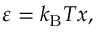
\varepsilon = k _ { \mathrm { B } } T x ,